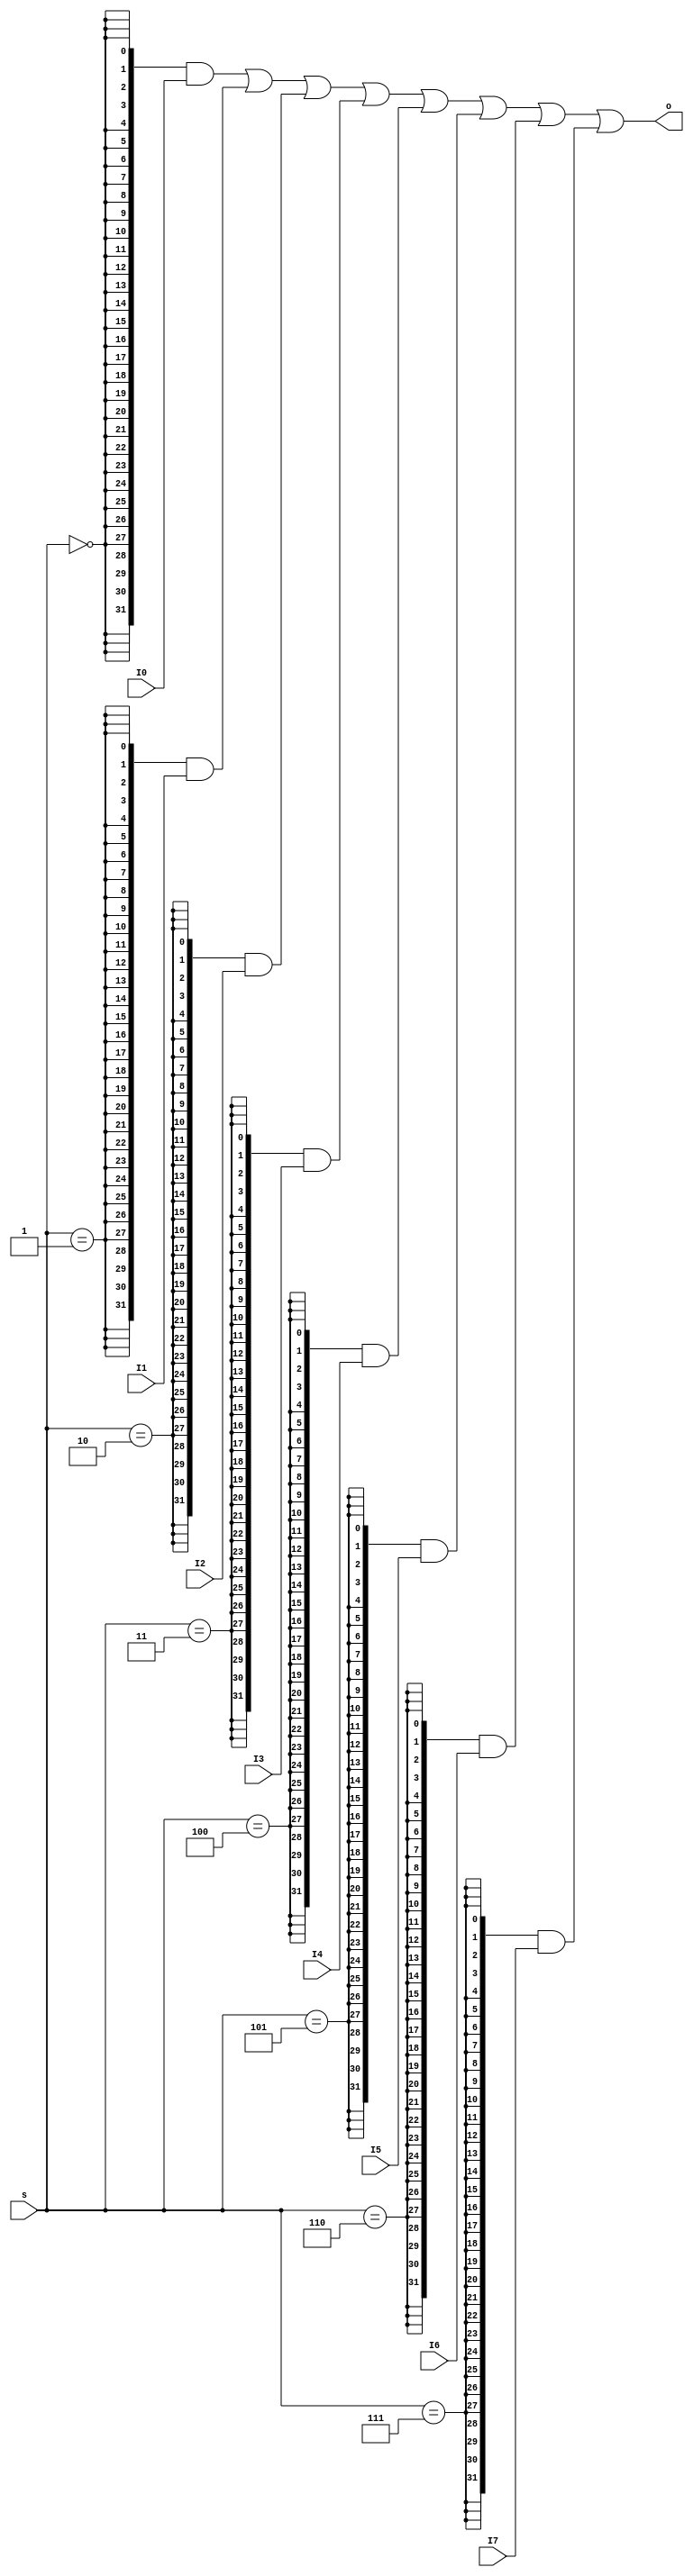
`timescale 1ns / 1ps

module MUX8T1_32(
    input [2:0]s,
    input [31:0]I0, I1, I2, I3, I4, I5, I6, I7, 
    output [31:0]o
    );

    wire s0 = s == 3'b000;
    wire s1 = s == 3'b001;
    wire s2 = s == 3'b010;
    wire s3 = s == 3'b011;
    wire s4 = s == 3'b100;
    wire s5 = s == 3'b101;
    wire s6 = s == 3'b110;
    wire s7 = s == 3'b111;
    
    assign o  = {32{s0}} & I0 |
                {32{s1}} & I1 |
                {32{s2}} & I2 |
                {32{s3}} & I3 |
                {32{s4}} & I4 |
                {32{s5}} & I5 |
                {32{s6}} & I6 |
                {32{s7}} & I7;
endmodule